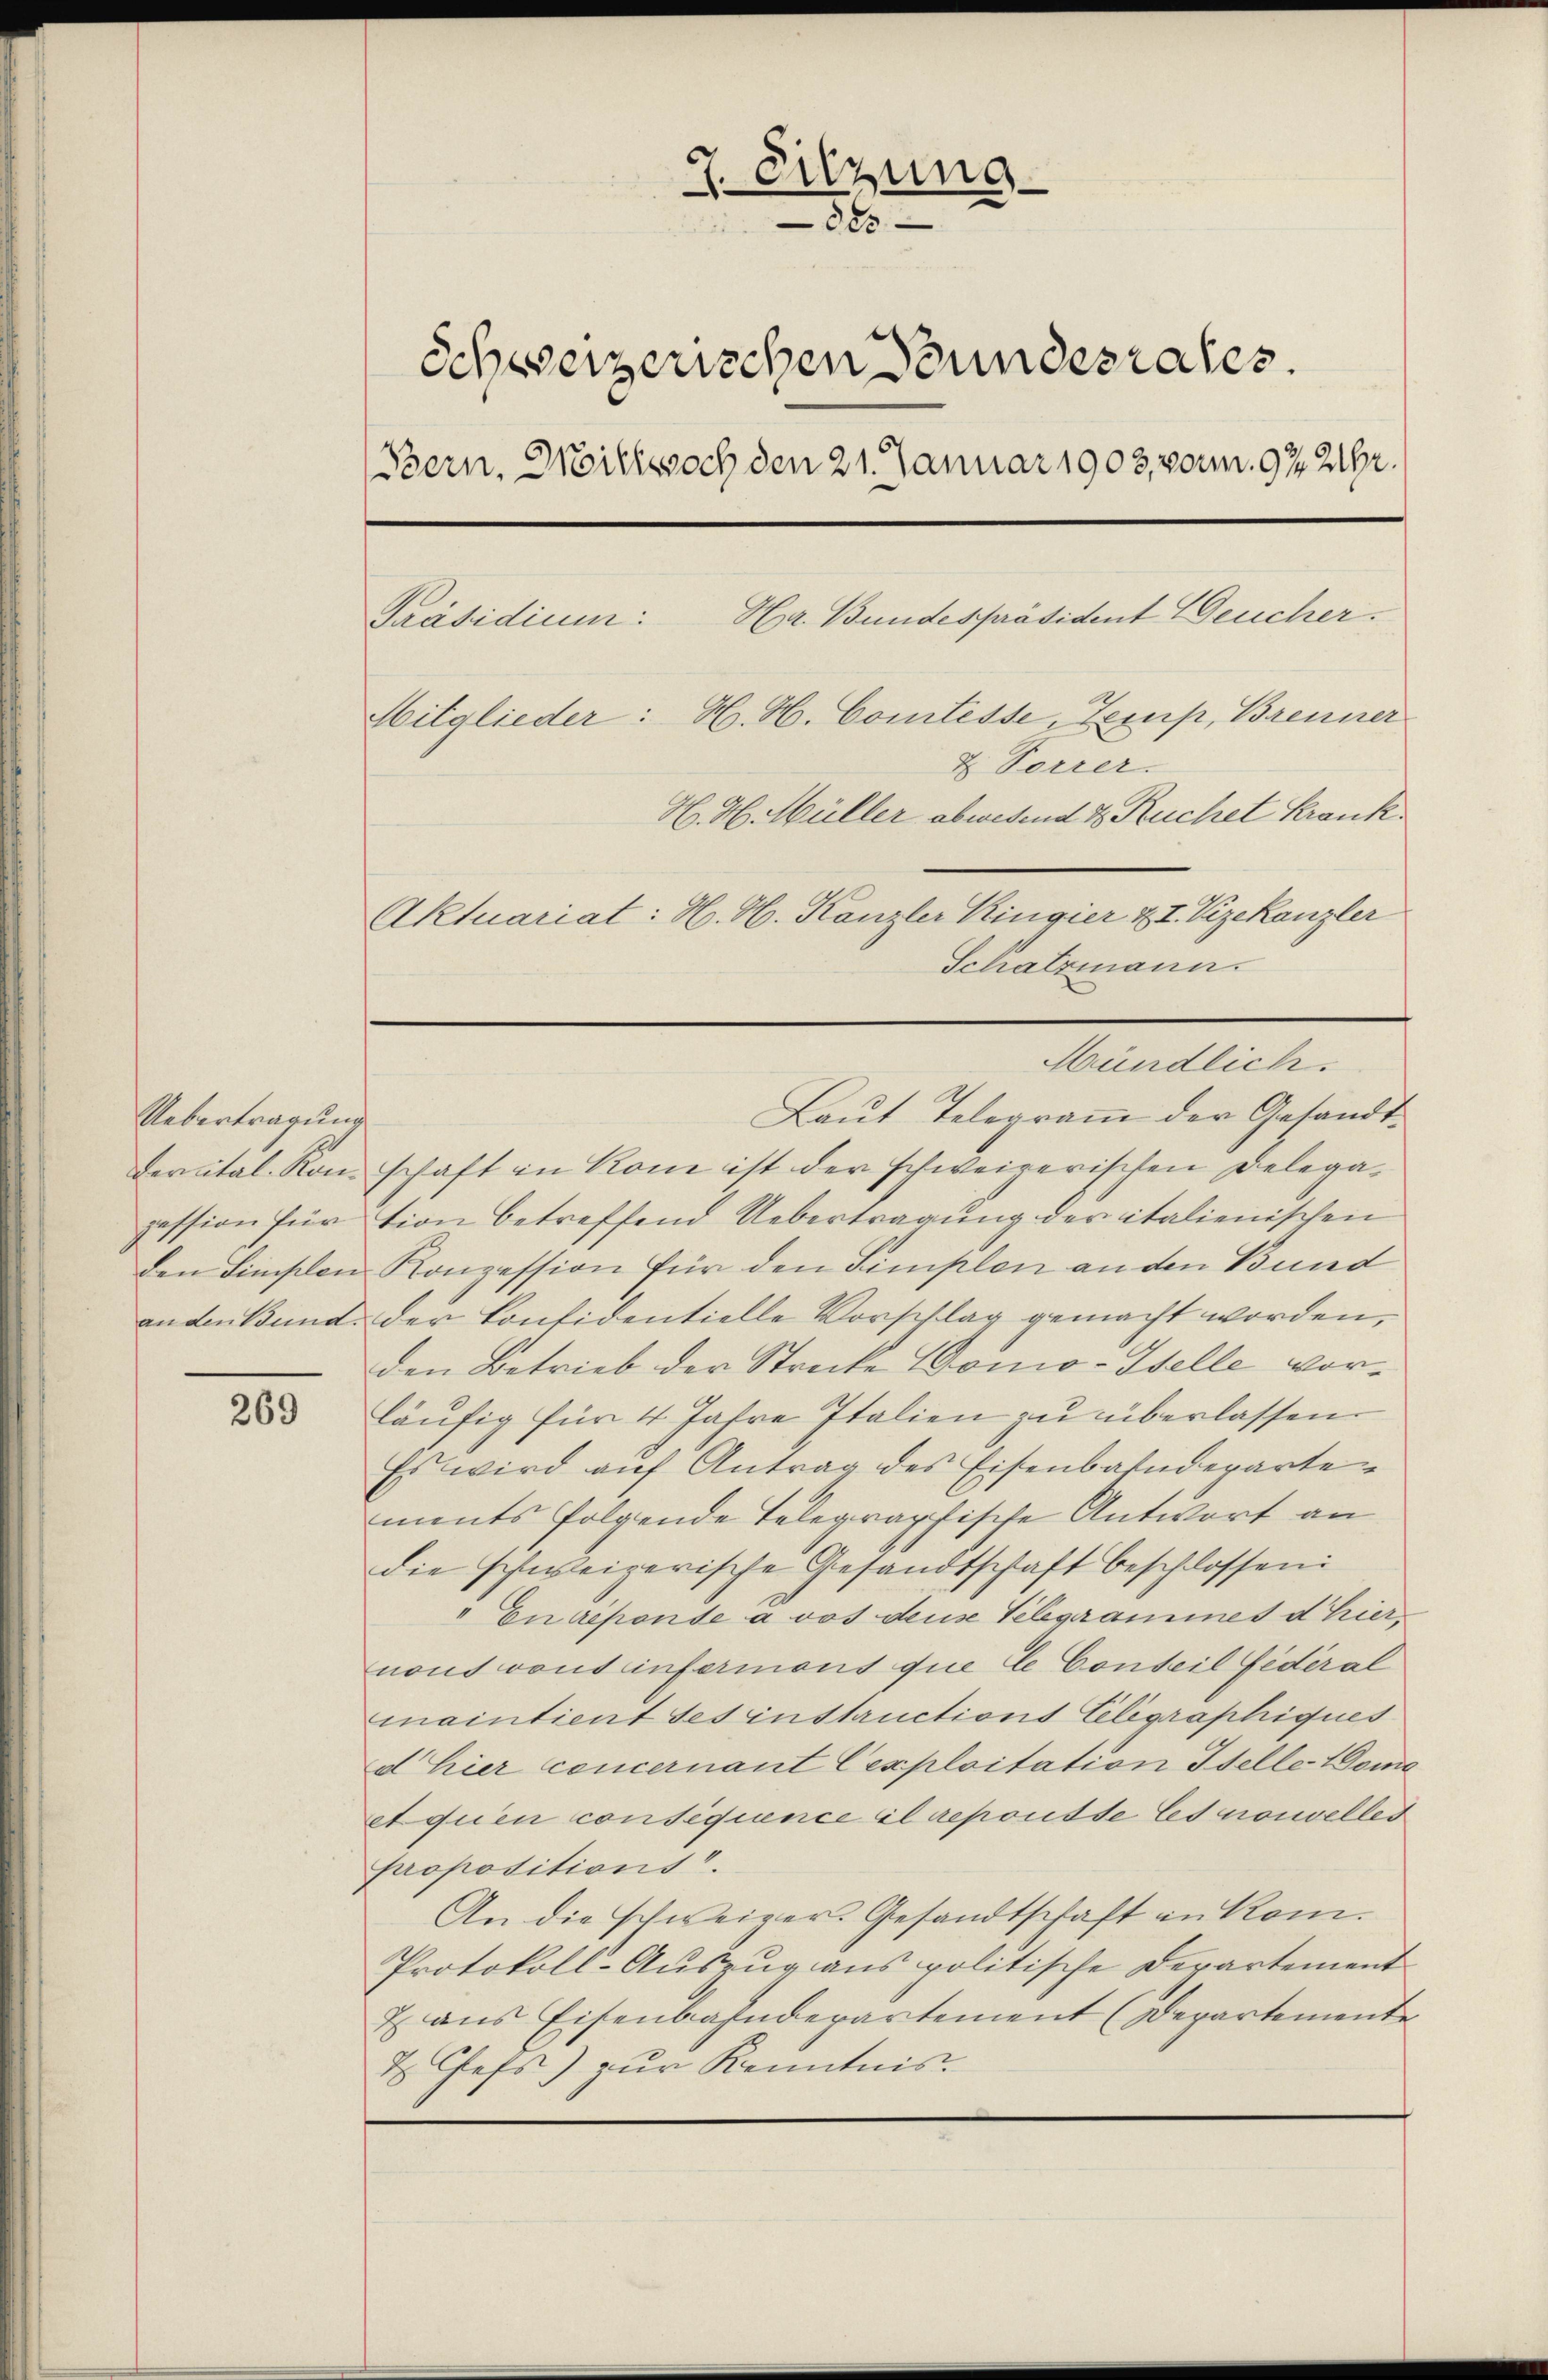
Uebertragung

269

7. Sitzung
380
Schweizerischen Stundesrates.
(Bern, Wittwoch den 21. Januar 1903, vorm. 92212.
Ha. Bundespräsident Deucher.
Präsidium:
Mitglieder: H. H. Comtesse, Zemp, Brenner
& Forrer.
H. H. Müller abwesend & Ruchet Krank
Aktuariat: H. H. Kanzler Kingier & I. Vizekanzler
Schatzmann.

Laut Telegramm der Gesandtderital. Ronschaft in Rome ist der schweizerischen Delegapession für tion betreffend Uebertragung der italienischen
den Finslen Konzession für den Simplen an den Bund
anden Bund der Contidentielle Vorschlag gemacht worden,
den Betrieb der Strecke Domo-Stelle vorläŭfig für 4 Jahre Italien zu überlassen.
Es wird auf Antrag des Eisenbahndepartements folgende Telegraphische Antwort an
die schweizerische Gesandtschaft beschlossen:
" Enréponde à vos deuse Telegrammes d hier,
nous rout einfermons que C Conteil fédéral
maintient des instructions Elegraphiques
d hier concernant Cexploitation Iselle Mome
etquien consequence il reporte Es nouvelles
propositions.
An die schweizer-Gesandtschaft in Rom.
Protokoll-Auszug aus politische Departement
7 aus Eisenbahndepartement (Departemente
x Chefs) zur Kenntnis

Mündlich.